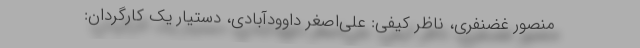
منصور غضنفری، ناظر کیفی: علی‌اصغر داوودآبادی، دستیار یک کارگردان: